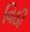
વિઠી